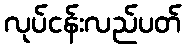
လုပ်ငန်းလည်ပတ်